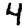
Digit: 4